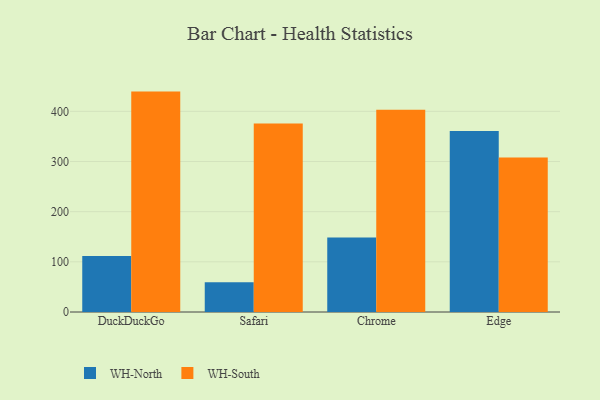
{"axis": {"x": "Browser", "y": "Demand Index"}, "legend": ["WH-North", "WH-South"], "data": [{"x": "DuckDuckGo", "y": 111.7, "type": "WH-North"}, {"x": "DuckDuckGo", "y": 439.4, "type": "WH-South"}, {"x": "Safari", "y": 59.5, "type": "WH-North"}, {"x": "Safari", "y": 376.0, "type": "WH-South"}, {"x": "Chrome", "y": 148.7, "type": "WH-North"}, {"x": "Chrome", "y": 403.3, "type": "WH-South"}, {"x": "Edge", "y": 360.9, "type": "WH-North"}, {"x": "Edge", "y": 308.0, "type": "WH-South"}]}